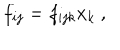
f _ { i j } = f _ { i j k } x _ { k } \ ,